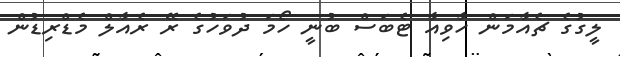
ލީގުގެ ޗެއާމަން ހާވިއާ ޓެބަސް ބުނީ ހޯމަ ދުވަހުގެ ރޭ ރެއާލް މެޑްރިޑުން